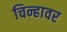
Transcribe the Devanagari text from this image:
चिन्हावर